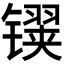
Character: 𬭹